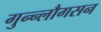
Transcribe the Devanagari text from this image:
गुन्न्लौगसन